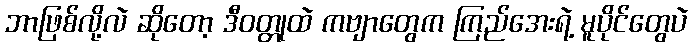
ဘာဖြစ်လို့လဲ ဆိုတော့ ဒီဝတ္တုထဲ ကဗျာတွေက ကြည်အေးရဲ့ မူပိုင်တွေပဲ